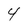
Character: 4